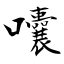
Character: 囔